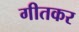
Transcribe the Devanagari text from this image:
गीतकर